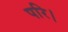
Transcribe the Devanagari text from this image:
परि।